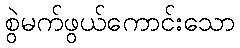
စွဲမက်ဖွယ်ကောင်းသော